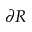
\partial { \cal R }